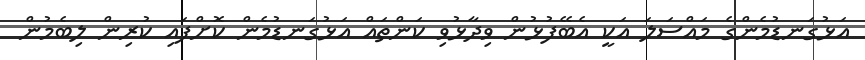
އަޅުގަނޑުމެންގެ މައްސަލަ އަކީ އެބޭފުޅުން ވިދާޅުވި ކަންތައް އަޅުގަނޑުމެން ކޮށްފައި ކުރިން ލިބެމުން